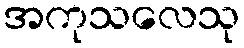
အကုသလေသု